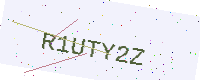
Text: R1UTY2Z